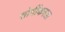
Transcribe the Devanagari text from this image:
सोयींकरता